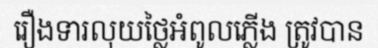
រឿងទារលុយថ្លៃអំពូលភ្លើង ត្រូវបាន